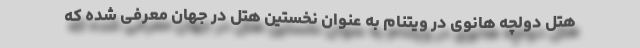
هتل دولچه هانوی در ویتنام به عنوان نخستین هتل در جهان معرفی شده که